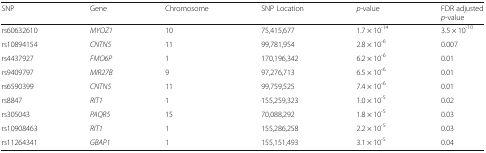
<table><thead><tr><td><b>SNP</b></td><td><b>Gene</b></td><td><b>Chromosome</b></td><td><b>SNP Location</b></td><td><b><i>p</i>-value</b></td><td><b>FDR adjusted <i>p</i>-value</b></td></tr></thead><tbody><tr><td>rs60632610</td><td><i>MYOZ1</i></td><td>10</td><td>75,415,677</td><td>1.7 × 10<sup>-14</sup></td><td>3.5 × 10<sup>-10</sup></td></tr><tr><td>rs10894154</td><td><i>CNTN5</i></td><td>11</td><td>99,781,954</td><td>2.8 × 10<sup>-6</sup></td><td>0.007</td></tr><tr><td>rs4437927</td><td><i>FMO6P</i></td><td>1</td><td>170,196,342</td><td>6.2 × 10<sup>-6</sup></td><td>0.01</td></tr><tr><td>rs9409797</td><td><i>MIR27B</i></td><td>9</td><td>97,276,713</td><td>6.5 × 10<sup>-6</sup></td><td>0.01</td></tr><tr><td>rs6590399</td><td><i>CNTN5</i></td><td>11</td><td>99,759,525</td><td>7.4 × 10<sup>-6</sup></td><td>0.01</td></tr><tr><td>rs8847</td><td><i>RIT1</i></td><td>1</td><td>155,259,323</td><td>1.0 × 10<sup>-5</sup></td><td>0.02</td></tr><tr><td>rs305043</td><td><i>PAQR5</i></td><td>15</td><td>70,088,292</td><td>1.8 × 10<sup>-5</sup></td><td>0.03</td></tr><tr><td>rs10908463</td><td><i>RIT1</i></td><td>1</td><td>155,286,258</td><td>2.2 × 10<sup>-5</sup></td><td>0.03</td></tr><tr><td>rs11264341</td><td><i>GBAP1</i></td><td>1</td><td>155,151,493</td><td>3.1 × 10<sup>-5</sup></td><td>0.04</td></tr></tbody></table>